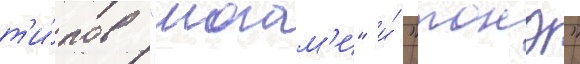
т'и́пов "могам'и" и́ "тонэ"